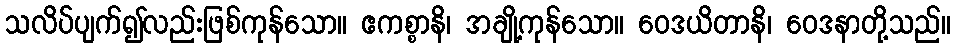
သလိပ်ပျက်၍လည်းဖြစ်ကုန်သော။ ဧကစ္စာနိ၊ အချို့ကုန်သော။ ဝေဒယိတာနိ၊ ဝေဒနာတို့သည်။